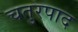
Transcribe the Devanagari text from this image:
चतुरपाद